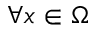
\forall x \in \Omega